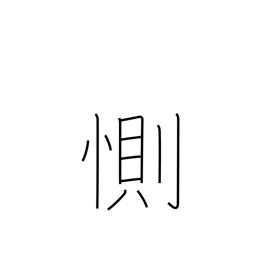
Meaning: be sad